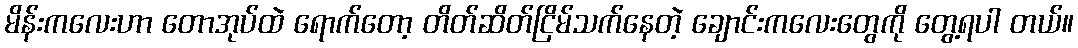
မိန်းကလေးဟာ တောအုပ်ထဲ ရောက်တော့ တိတ်ဆိတ်ငြိမ်သက်နေတဲ့ ချောင်းကလေးတွေကို တွေ့ရပါ တယ်။